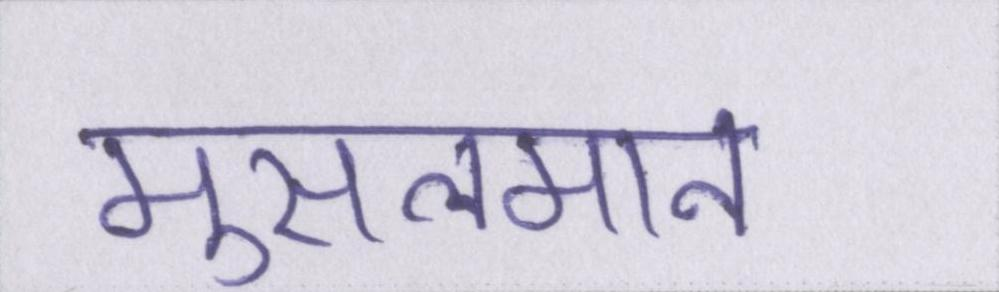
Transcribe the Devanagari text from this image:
मुसलमान